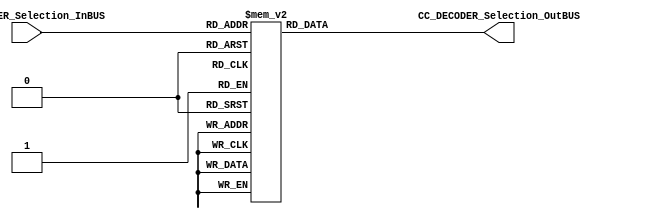
module CC_DECODER #(parameter DATAWIDTH_DECODER_SELECTION=4, parameter DATAWIDTH_DECODER_OUT=16)(
	//////////// OUTPUTS //////////
	CC_DECODER_Selection_OutBUS,
	//////////// INPUTS //////////
	CC_DECODER_Selection_InBUS
);
//=======================================================
//  PARAMETER declarations
//=======================================================

//=======================================================
//  PORT declarations
//=======================================================
output reg	[DATAWIDTH_DECODER_OUT-1:0] CC_DECODER_Selection_OutBUS;
input		[DATAWIDTH_DECODER_SELECTION-1:0] CC_DECODER_Selection_InBUS;
//=======================================================
//  REG/WIRE declarations
//=======================================================

//=======================================================
//  Structural coding
//=======================================================
//INPUT LOGIC: COMBINATIONAL
always@(*)
begin
	case (CC_DECODER_Selection_InBUS)	
	
		//General registers
		4'b0000: CC_DECODER_Selection_OutBUS = 16'b1111111111111110;//g0
		4'b0001: CC_DECODER_Selection_OutBUS = 16'b1111111111111101;//g1
		4'b0010: CC_DECODER_Selection_OutBUS = 16'b1111111111111011;//g2
		4'b0011: CC_DECODER_Selection_OutBUS = 16'b1111111111110111;//g3
		4'b0100: CC_DECODER_Selection_OutBUS = 16'b1111111111101111;//g4
		4'b0101: CC_DECODER_Selection_OutBUS = 16'b1111111111011111;//g5
		4'b0110: CC_DECODER_Selection_OutBUS = 16'b1111111110111111;//g6
		4'b0111: CC_DECODER_Selection_OutBUS = 16'b1111111101111111;//g7
				
		//Specifig registers
				
		4'b1000: CC_DECODER_Selection_OutBUS = 16'b1111111011111111;//PC (8)
		4'b1001: CC_DECODER_Selection_OutBUS = 16'b1111110111111111;//Temp0 (9)
		4'b1010: CC_DECODER_Selection_OutBUS = 16'b1111101111111111;//Temp1 (10)
		4'b1011: CC_DECODER_Selection_OutBUS = 16'b1111011111111111;//Temp2 (11)
		4'b1100: CC_DECODER_Selection_OutBUS = 16'b1110111111111111;//Temp3 (12)
		4'b1101: CC_DECODER_Selection_OutBUS = 16'b1101111111111111;//IR (13)
		default: CC_DECODER_Selection_OutBUS = 16'b1111111111111111; //Default 
	endcase
end
//=======================================================
//  Outputs
//=======================================================
// OUTPUT LOGIC : COMBINATIONAL

endmodule